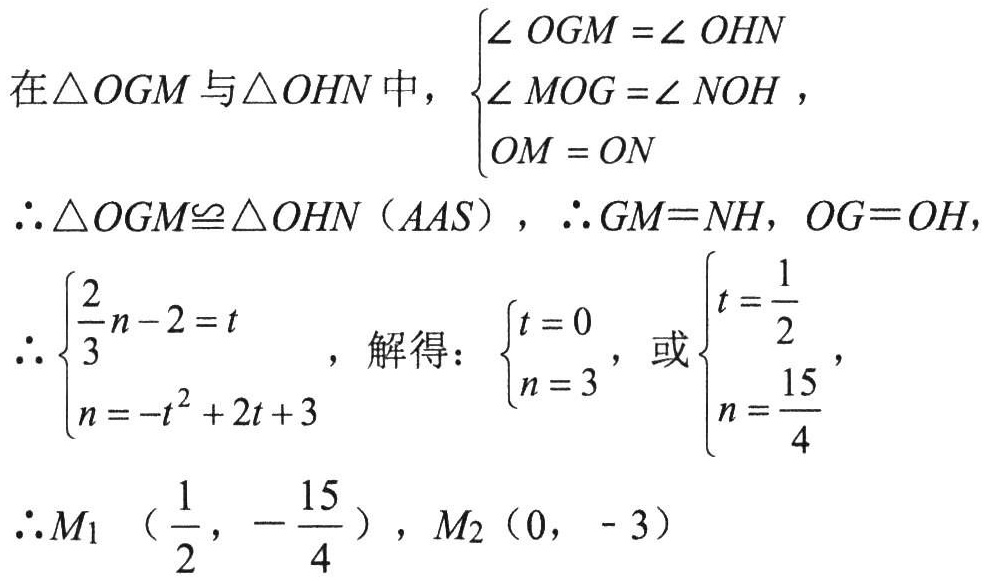
在$\triangle OGM$与$\triangle OHN$中，$\begin{cases}
\angle OGM = \angle OHN \\
\angle MOG = \angle NOH \\
OM = ON
\end{cases}$
$\therefore \triangle OGM\cong \triangle OHN（AAS），\therefore GM = NH，OG = OH，$
$\therefore \begin{cases}
\frac{2}{3}n - 2 = t \\
n = -t^{2} + 2t + 3
\end{cases}$，解得：$\begin{cases}
t = 0 \\
n = 3
\end{cases}$，或$\begin{cases}
t = \frac{1}{2} \\
n = \frac{15}{4}
\end{cases}$，
$\therefore M_1（\frac{1}{2}，-\frac{15}{4}），M_2（0， - 3）$